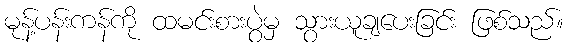
မုန့်ပန်းကန်ကို ထမင်းစားပွဲမှ သွားယူချပေးခြင်း ဖြစ်သည်။